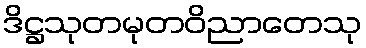
ဒိဋ္ဌသုတမုတဝိညာတေသု